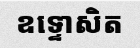
ឧទ្ទោសិត